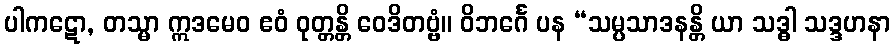
ပါကဋော, တသ္မာ ဣဒမေဝ ဧဝံ ဝုတ္တန္တိ ဝေဒိတဗ္ဗံ။ ဝိဘင်္ဂေ ပန “သမ္ပသာဒနန္တိ ယာ သဒ္ဓါ သဒ္ဒဟနာ